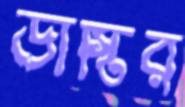
ডাস্টির